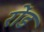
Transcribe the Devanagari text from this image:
रोंड